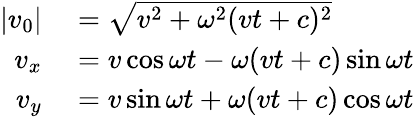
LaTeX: \begin{array}{rl}{|v_{0}|}&{{}={\sqrt{v^{2}+\omega^{2}(vt+c)^{2}}}}\\ {v_{x}}&{{}=v\cos\omega t-\omega(vt+c)\sin\omega t}\\ {v_{y}}&{{}=v\sin\omega t+\omega(vt+c)\cos\omega t}\end{array}